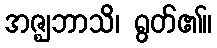
အဇ္ဈဘာသိ၊ ရွတ်၏။